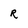
Character: R